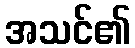
အသင်၏